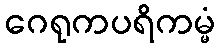
ဂေရုကပရိကမ္မံ